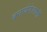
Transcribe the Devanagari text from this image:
बनायेगे।रानी